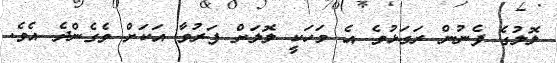
ލޮލުގެ ފެނުން ރަގަޅުވެ އެ މަހަކީ ލޮލަށް ފަރުވާ އަކަށް ވެގެންދެ އެވެ.